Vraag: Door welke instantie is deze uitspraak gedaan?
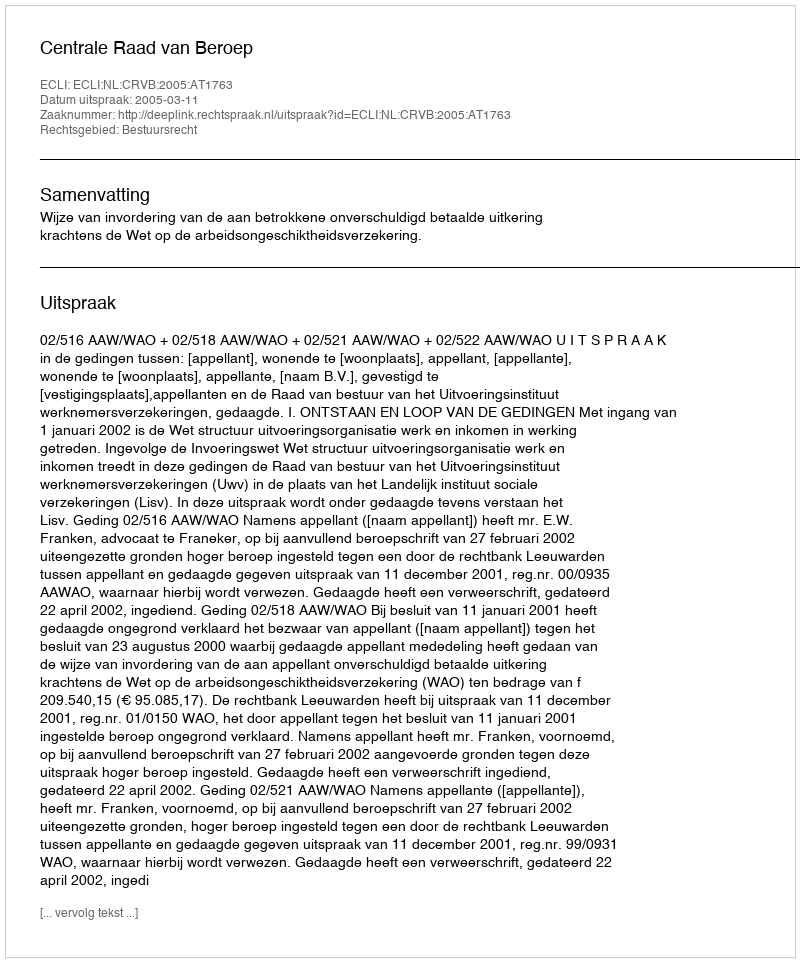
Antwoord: Centrale Raad van Beroep